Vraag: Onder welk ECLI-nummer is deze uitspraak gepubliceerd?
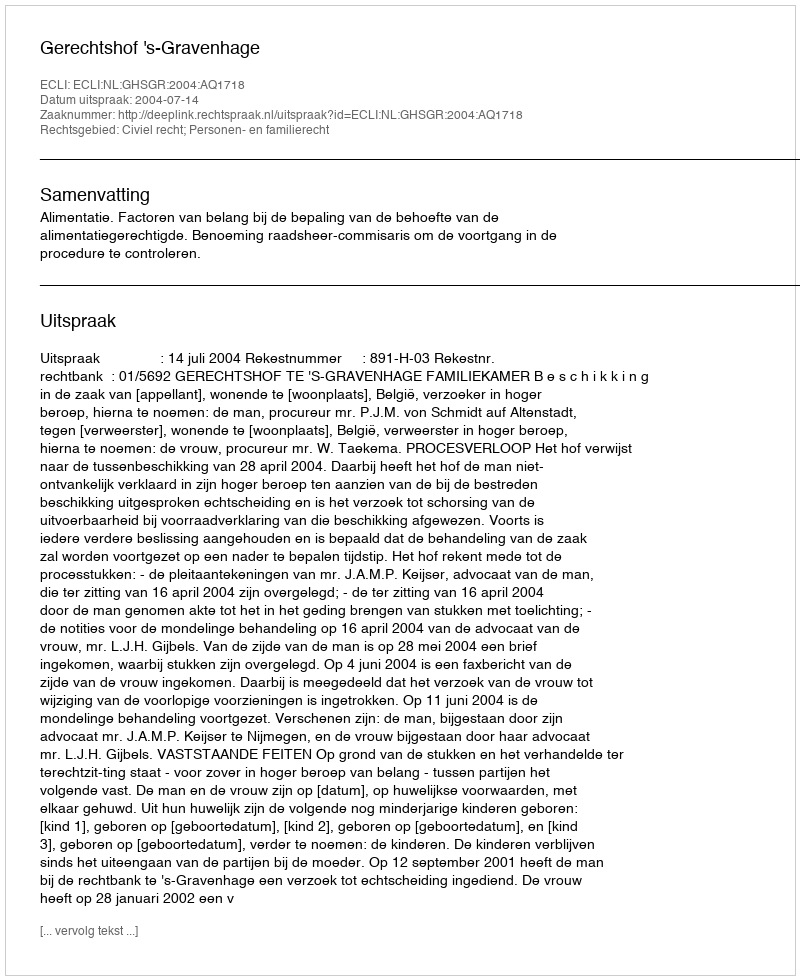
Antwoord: ECLI:NL:GHSGR:2004:AQ1718